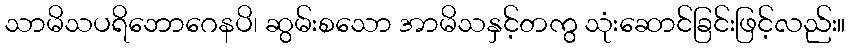
သာမိသပရိဘောဂေနပိ၊ ဆွမ်းစသော အာမိသနှင့်တကွ သုံးဆောင်ခြင်းဖြင့်လည်း။